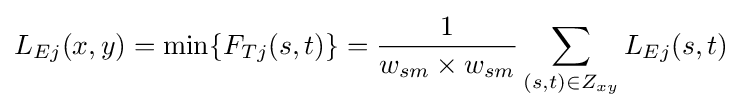
L_{Ej}(x,y)=\min\{F_{Tj}(s,t)\}={\frac {1}{w_{sm}\times w_{sm}}}\sum _{(s,t)\in Z_{xy}}L_{Ej}(s,t)